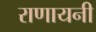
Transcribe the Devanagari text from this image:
राणायनी